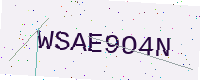
Text: WSAE9O4N